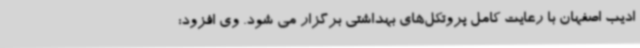
ادیب اصفهان با رعایت کامل پروتکل‌های بهداشتی برگزار می شود. وی افزود: